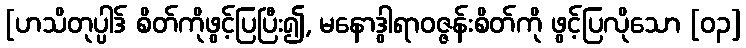
[ဟသိတုပ္ပါဒ် စိတ်ကိုဖွင့်ပြပြီး၍, မနောဒွါရာဝဇ္ဇန်းစိတ်ကို ဖွင့်ပြလိုသော [၀၃]